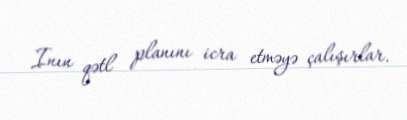
Inın qətl planını icra etməyə çalışırlar.